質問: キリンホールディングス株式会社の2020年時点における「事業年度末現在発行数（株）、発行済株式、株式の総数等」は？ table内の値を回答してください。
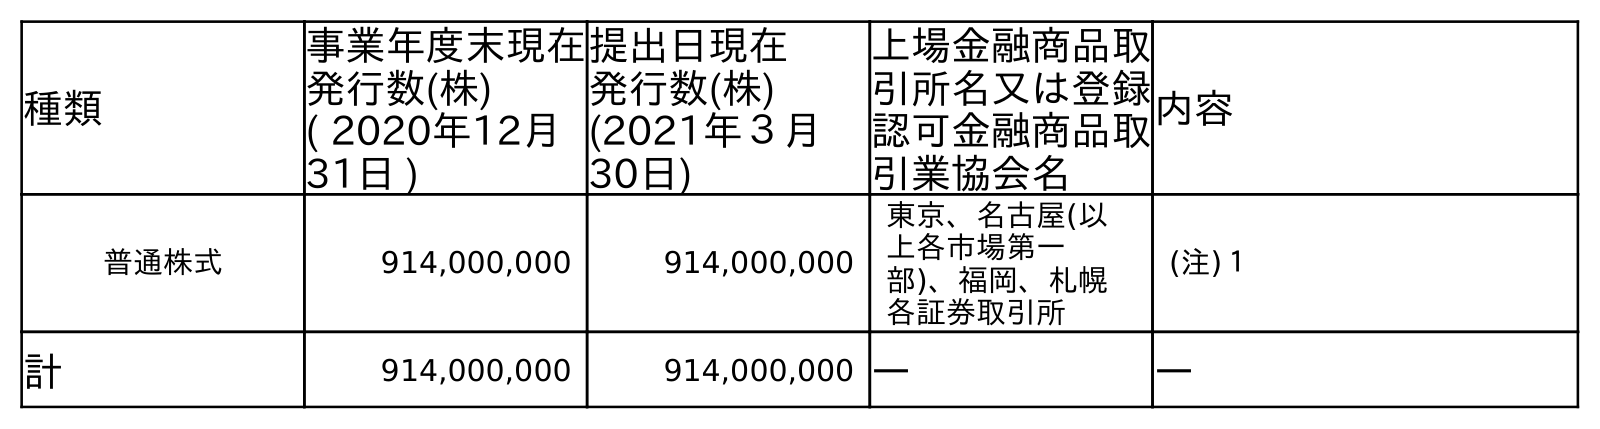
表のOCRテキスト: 種類 事業年度末現在 発行数(株) ( 2020年12月 31日 ) 提出日現在 発行数(株) (2021年３月 30日) 上場金融商品取 引所名又は登録 認可金融商品取 引業協会名 内容 普通株式 914,000,000 914,000,000 東京、名古屋(以 上各市場第一 部)、福岡、札幌 各証券取引所 (注)１ 計 914,000,000 914,000,000 ― ―
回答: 914,000,000